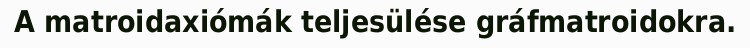
A matroidaxiómák teljesülése gráfmatroidokra.